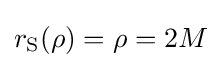
r_{\text{S}}(\rho )=\rho =2M